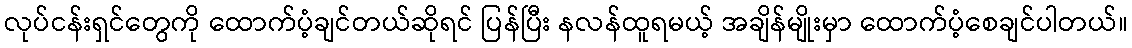
လုပ်ငန်းရှင်တွေကို ထောက်ပံ့ချင်တယ်ဆိုရင် ပြန်ပြီး နလန်ထူရမယ့် အချိန်မျိုးမှာ ထောက်ပံ့စေချင်ပါတယ်။